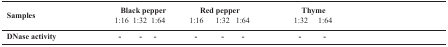
<table><thead><tr><td><b>Samples</b></td><td colspan="3"><b>Black pepper</b></td><td colspan="3"><b>Red pepper</b></td><td colspan="2"><b>Thyme</b></td></tr></thead><tbody><tr><td></td><td>1:16</td><td>1:32</td><td>1:64</td><td>1:16</td><td>1:32</td><td>1:64</td><td>1:32</td><td>1:64</td></tr><tr><td><b>DNase activity</b></td><td><b>-</b></td><td><b>-</b></td><td><b>-</b></td><td><b>-</b></td><td><b>-</b></td><td><b>-</b></td><td><b>-</b></td><td><b>-</b></td></tr></tbody></table>